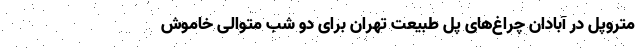
متروپل در آبادان چراغ‌های پل طبیعت تهران برای دو شب متوالی خاموش